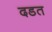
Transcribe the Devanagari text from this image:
दडत